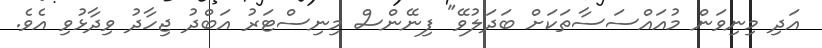
އަދި މިނިވަން މުއައްސަސާތަކަށް ބަދަލުވޭ" ފިނޭންސް މިނިސްޓަރު އަބްދު ޖިހާދު ވިދާޅުވި އެވެ.